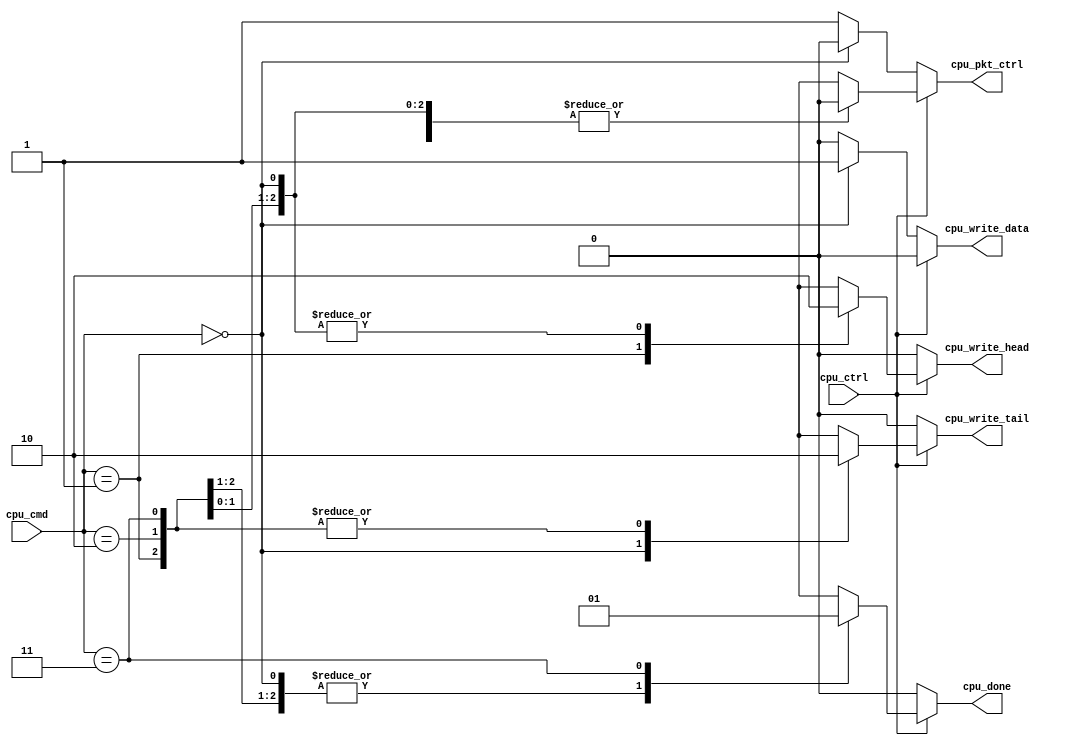
`timescale 1ns / 1ps
//////////////////////////////////////////////////////////////////////////////////
// Company: 
// Engineer: 
// 
// Design Name: 
// Module Name:    cpu_write_mux 
// Project Name: 
// Target Devices: 
// Tool versions: 
// Description: 
//
// Dependencies: 
//
// Revision: 
// Revision 0.01 - File Created
// Additional Comments: 
//
//////////////////////////////////////////////////////////////////////////////////
module cpu_write_mux(
	 input cpu_ctrl,
    input [1:0] cpu_cmd,
    output cpu_write_tail,
    output cpu_write_head,
    output cpu_done,
	 output cpu_write_data,
	 output cpu_pkt_ctrl
    );
	 
	 reg tail;
	 reg head;
	 reg done;
	 reg data;
	 reg pkt_ctrl;
	 assign cpu_write_tail = tail;
	 assign cpu_write_head = head;
	 assign cpu_done = done;
	 assign cpu_write_data = data;
	 assign cpu_pkt_ctrl = pkt_ctrl;
	 
	 always @(*)
	 begin
		if (cpu_ctrl == 1)
		begin
			data = 0;
			case (cpu_cmd)
				2'b00:
				begin
					tail = 1;
					head = 0;
					done = 0;
					pkt_ctrl = 0;
				end
				2'b01:
				begin
					tail = 0;
					head = 1;
					done = 0;
					pkt_ctrl = 0;
				end
				2'b10:
				begin
					tail = 0;
					head = 0;
					done = 0;
					pkt_ctrl = 0;
				end
				2'b11:
				begin
					tail = 0;
					head = 0;
					done = 1;
					pkt_ctrl = 0;
				end
			endcase
		end
		else
		begin
			tail = 0;
			head = 0;
			done = 0;
			case (cpu_cmd)
				2'b00:
				begin
					data = 1;
					pkt_ctrl = 0;
				end
				default:
				begin
					data = 0;
					pkt_ctrl = 1;
				end
			endcase
		end
	 end


endmodule